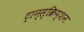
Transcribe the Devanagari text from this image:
ट्रान्स्क्रिप्शन